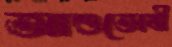
আশুতোষী